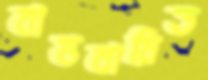
বাস্তবায়িত